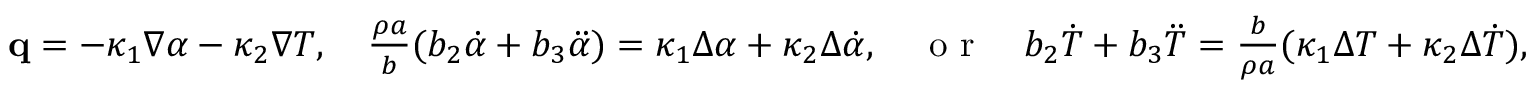
\begin{array} { r } { \mathbf q = - \kappa _ { 1 } \nabla \alpha - \kappa _ { 2 } \nabla T , \quad \frac { \rho a } { b } ( b _ { 2 } \dot { \alpha } + b _ { 3 } \ddot { \alpha } ) = \kappa _ { 1 } \Delta \alpha + \kappa _ { 2 } \Delta \dot { \alpha } , \quad \textrm { o r } \quad b _ { 2 } \dot { T } + b _ { 3 } \ddot { T } = \frac { b } { \rho a } ( \kappa _ { 1 } \Delta T + \kappa _ { 2 } \Delta \dot { T } ) , } \end{array}